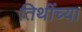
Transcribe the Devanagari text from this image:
तिथींच्या